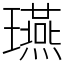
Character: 𤫇